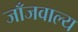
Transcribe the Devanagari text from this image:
जाँजवाल्य